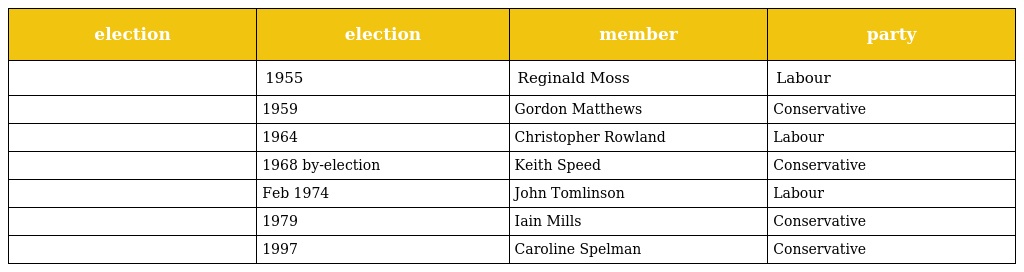
| election | election | member | party |
 | --- | --- | --- | --- |
 |  | 1955 | Reginald Moss | Labour |
 |  | 1959 | Gordon Matthews | Conservative |
 |  | 1964 | Christopher Rowland | Labour |
 |  | 1968 by-election | Keith Speed | Conservative |
 |  | Feb 1974 | John Tomlinson | Labour |
 |  | 1979 | Iain Mills | Conservative |
 |  | 1997 | Caroline Spelman | Conservative |